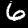
Digit: 6